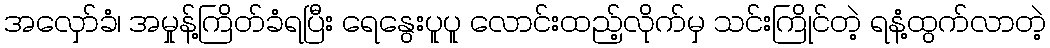
အလှော်ခံ၊ အမှုန့်ကြိတ်ခံရပြီး ရေနွေးပူပူ လောင်းထည့်လိုက်မှ သင်းကြိုင်တဲ့ ရနံ့ထွက်လာတဲ့